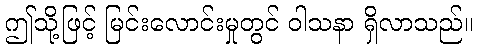
ဤသို့ဖြင့် မြင်းလောင်းမှုတွင် ဝါသနာ ရှိလာသည်။